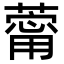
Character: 䔭